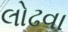
લોઢવા